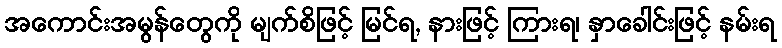
အကောင်းအမွန်တွေကို မျက်စိဖြင့် မြင်ရ, နားဖြင့် ကြားရ၊ နှာခေါင်းဖြင့် နမ်းရ